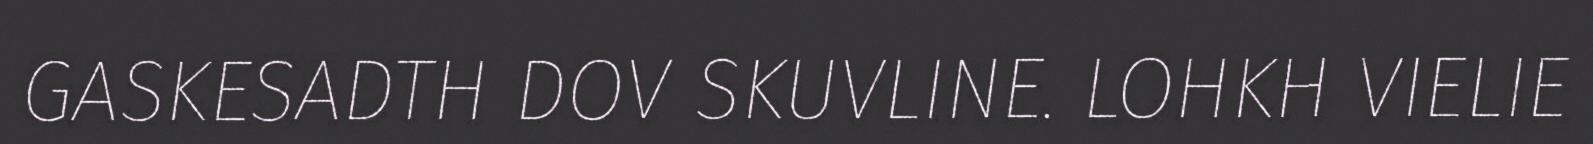
GASKESADTH DOV SKUVLINE. LOHKH VIELIE